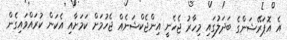
އެ އޮޕަރޭޝަންގެ ބަދަލުގައި މިހާރު ޖެހެނީ އިންޖެކްޝަނެއް ޖެހުމަށް ކަމަށާއި އެކަން ކުރައްވައިގެން